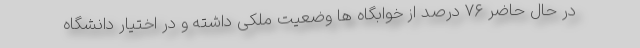
در حال حاضر ۷۶ درصد از خوابگاه ها وضعیت ملکی داشته و در اختیار دانشگاه